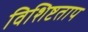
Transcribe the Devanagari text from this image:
विशिष्टताप